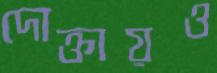
দোক্তায়ও